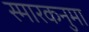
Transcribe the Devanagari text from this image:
स्मारकनुमा